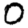
Digit: 0